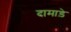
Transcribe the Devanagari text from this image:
दामाड़े